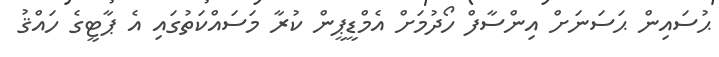
ޙުސައިން ޙަސަނަށް އިންސާފް ހޯދުމަށް އެމްޑީޕީން ކުރާ މަސައްކަތުގައި އެ ޕާޓީގެ ހައްޤު